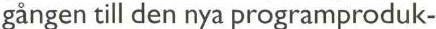
gången till den nya programproduk-